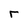
Character: r